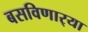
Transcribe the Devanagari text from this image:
बसविणार्‍या